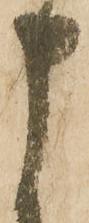
申